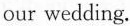
our wedding.